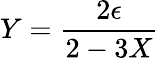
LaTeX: Y={\frac{2\epsilon}{2-3X}}